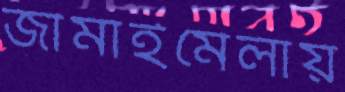
জামাইমেলায়